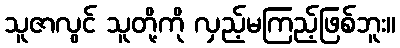
သူဇာလွင် သူတို့ကို လှည့်မကြည့်ဖြစ်ဘူး။